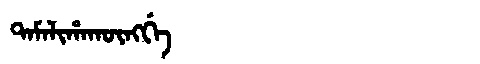
Manchu: ᡨᠠᠮᠠᠯᡳᡥᠠᡴᡡᠩᡤᡝ
Romanization: TAMALIHAKŪNGGE